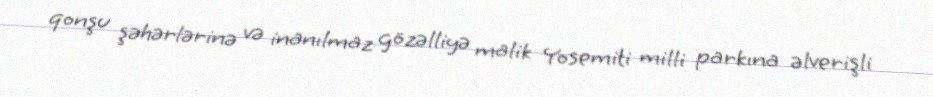
qonşu şəhərlərinə və inanılmaz gözəlliyə malik Yosemiti milli parkına əlverişli